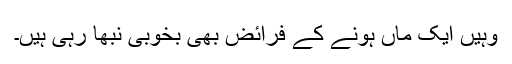
وہیں ایک ماں ہونے کے فرائض بھی بخوبی نبھا رہی ہیں۔